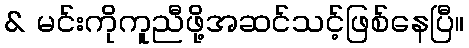
& မင်းကိုကူညီဖို့အဆင်သင့်ဖြစ်နေပြီ။